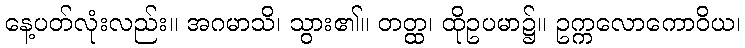
နေ့ပတ်လုံးလည်း။ အဂမာသိ၊ သွား၏။ တတ္ထ၊ ထိုဥပမာ၌။ ဥက္ကလောကောဝိယ၊